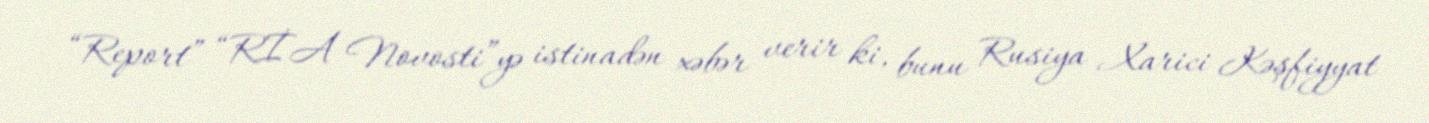
“Report” “RİA Novosti”yə istinadən xəbər verir ki, bunu Rusiya Xarici Kəşfiyyat